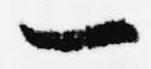
一